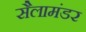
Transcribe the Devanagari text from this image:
सैलामंडर